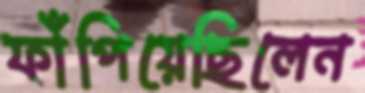
ফাঁপিয়েছিলেন